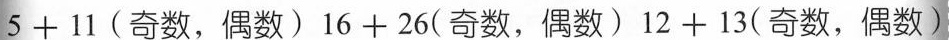
$$5 + 1 1$$(奇数，偶数)$$1 6 + 2 6$$(奇数，偶数)$$1 2 + 1 3$$(奇数，偶数)